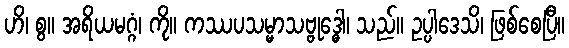
ဟိ၊ စွ။ အရိယမဂ္ဂံ၊ ကို။ ကဿပသမ္မာသဗ္ဗုဒ္ဓေါ၊ သည်။ ဥပ္ပါဒေသိ၊ ဖြစ်စေပြီ။